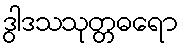
ဒွါဒသသုတ္တဓရော